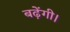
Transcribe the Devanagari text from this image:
बढ़ेंगी।